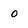
Character: 0